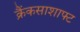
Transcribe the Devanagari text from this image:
क्रैंकसाशाफ्ट